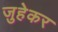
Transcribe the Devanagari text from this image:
जुहेकर